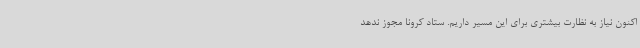
‌اکنون نیاز به نظارت بیشتری برای این مسیر داریم. ستاد کرونا مجوز ندهد